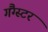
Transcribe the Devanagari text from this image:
गैंग्‍स्‍टर